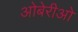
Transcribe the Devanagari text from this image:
ओबेरीओ